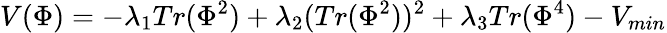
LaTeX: V(\Phi)=-\lambda_{1}Tr(\Phi^{2})+\lambda_{2}(Tr(\Phi^{2}))^{2}+\lambda_{3}Tr(\Phi^{4})-V_{min}